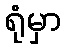
ရုံမှာ